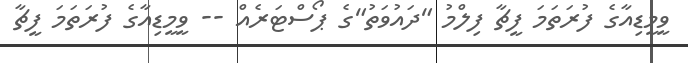
ވީމީޑިއާގެ ފުރަތަމަ ފީޗާ ފިލްމު "ދައުވަތު"ގެ ޕޯސްޓަރެއް -- ވީމީޑިއާގެ ފުރަތަމަ ފީޗާ